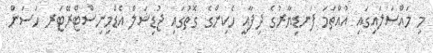
މި މައްސަލައިގައި އުއްތަމަ ފަނޑިޔާރުގެ ދިފާއީ ހެކިންގެ ގޮތުގައި ޖުޑިޝަލް އެޑްމިނިސްޓްރޭޓަރ ހަސަން